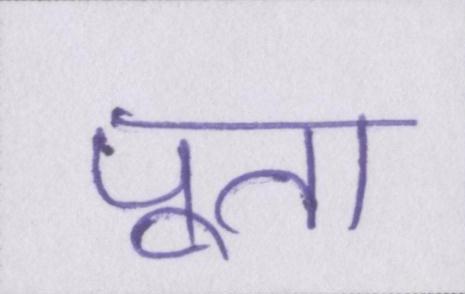
पूत